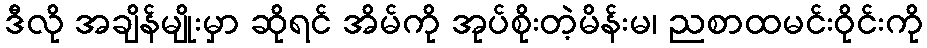
ဒီလို အချိန်မျိုးမှာ ဆိုရင် အိမ်ကို အုပ်စိုးတဲ့မိန်းမ၊ ညစာထမင်းဝိုင်းကို